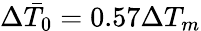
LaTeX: \Delta\bar{T}_{0}=0.57\Delta T_{m}